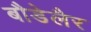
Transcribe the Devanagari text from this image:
बौडेलैर